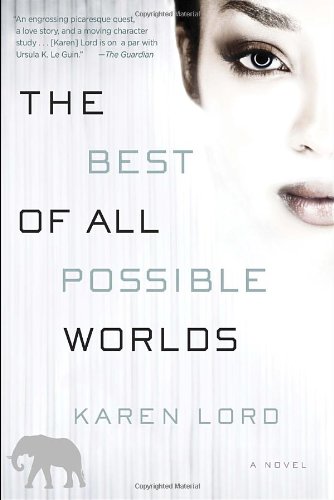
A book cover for The Best of All Possible Worlds: A Novel; Karen Lord; Literature & Fiction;